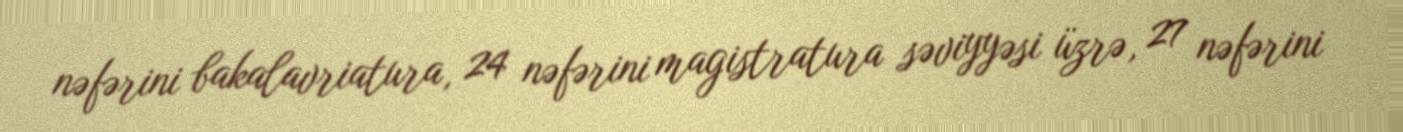
nəfərini bakalavriatura, 24 nəfərini magistratura səviyyəsi üzrə, 27 nəfərini